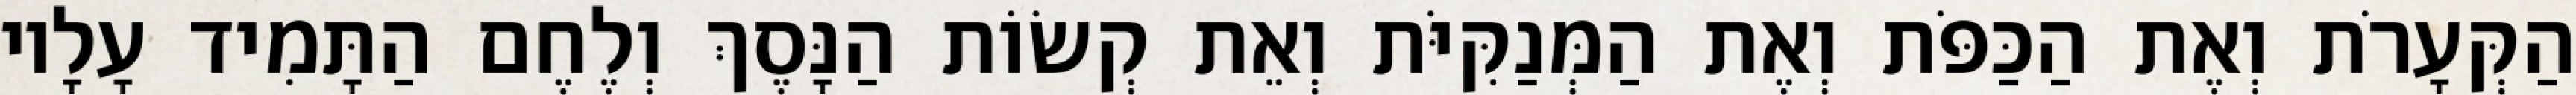
הַקְּעָרֹת וְאֶת הַכַּפֹּת וְאֶת הַמְּנַקִּיֹּת וְאֵת קְשׂוֹת הַנָּסֶךְ וְלֶחֶם הַתָּמִיד עָלָיו